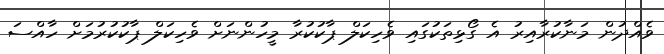
ވެއްދުން މަނާކުރާއިރު އެ ގޯޅިތަކުގައި ވެހިކަލް ޕާކުކުރާ މީހުންނަށް ވެހިކަލް ޕާކުކުރުމަށް ހާއްސަ